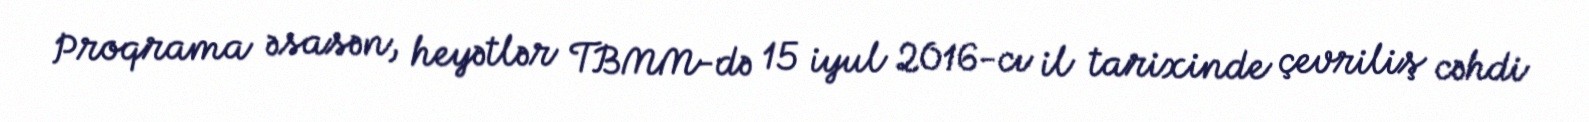
Proqrama əsasən, heyətlər TBMM-də 15 iyul 2016-cı il tarixinde çevriliş cəhdi